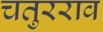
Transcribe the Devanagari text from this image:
चतुरराव